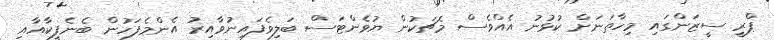
ޕްރީ ސީޒަންގައި މިހާތަނަށް ކުޅުނު އެއްވެސް މެޗަކުން ޔުވެންޓަސް ބަލިވެފައިނުވާއިރު އެންމެފަހުން ބެނެފީކާއާއި